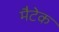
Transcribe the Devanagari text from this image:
मैटेक